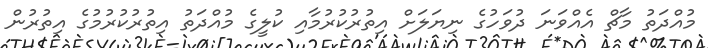
މުއްދަތު މާޗް އެެއްވަނަ ދުވަހުގެ ނިޔަލަށް އިތުރުކުރުމާއި ކުލީގެ މުއްދަތު އިތުރުކުރުމުގެ އިތުރުން